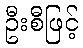
ဦးစီဖြင့်